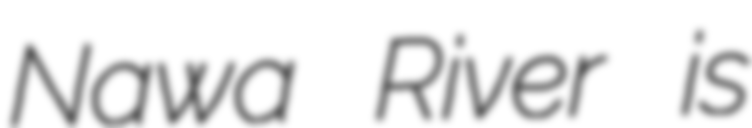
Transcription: Nawa River is